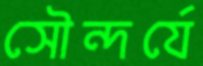
সৌন্দর্যে